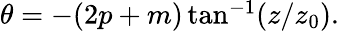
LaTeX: \begin{array}{r}{\theta=-(2p+m)\tan^{-1}(z/z_{0}).}\end{array}